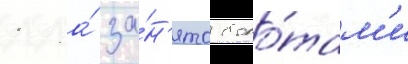
1 га́ за́н'ято боло́там'и